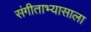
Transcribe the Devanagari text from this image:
संगीताभ्यासाला